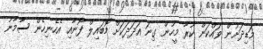
މަޑިދަށުން ވައްކަން ކުރާ މީހުން ގިނަ އަދަދަކަށް މޮބައިލް ފޯނާއި އެހެނިހެން ސާމާނު